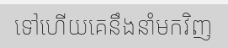
ទៅហើយគេនឹងនាំមកវិញ